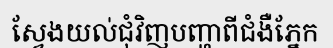
ស្វែងយល់ជុំវិញបញ្ហាពីជំងឺភ្នែក